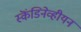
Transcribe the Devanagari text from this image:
स्कॆंडिनेव्हीयन